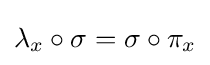
\lambda _{x}\circ \sigma =\sigma \circ \pi _{x}